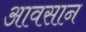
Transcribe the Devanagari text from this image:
आवसान